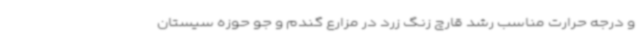
و درجه حرارت مناسب رشد قارچ زنگ زرد در مزارع گندم و جو حوزه سیستان